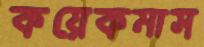
কয়েকমাস